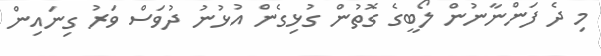
މި ދެ ފަންނާނުން ލޯބީގެ ގޮތުން ގުޅިގެން އުޅުނު ދުވަސް ވަރު ގިނައިން